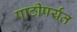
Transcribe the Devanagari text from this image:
पाठीपर्यंत